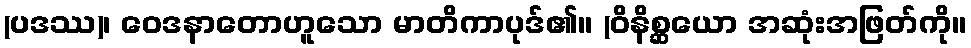
(ပဒဿ)၊ ဝေဒနာတောဟူသော မာတိကာပုဒ်၏။ (ဝိနိစ္ဆယော အဆုံးအဖြတ်ကို။